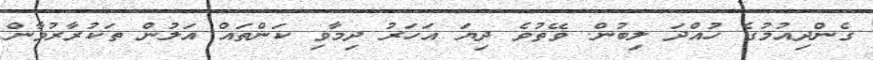
ގެންދިއުމުގެ ހުއްދަ ލިބުން. ވޭތުވެ ދިޔަ އަހަރު ދިމާވި ކަންތައް އަލުން ތަކުރާރުވާން